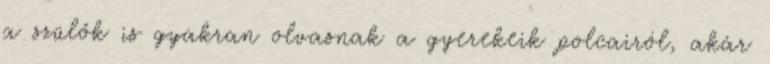
a szülők is gyakran olvasnak a gyerekeik polcairól, akár